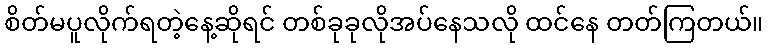
စိတ်မပူလိုက်ရတဲ့နေ့ဆိုရင် တစ်ခုခုလိုအပ်နေသလို ထင်နေ တတ်ကြတယ်။